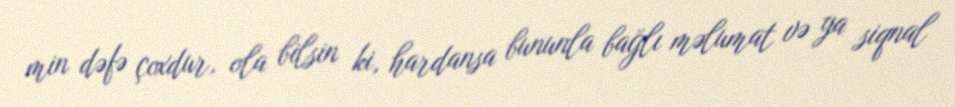
min dəfə çoxdur, ola bilsin ki, hardansa bununla bağlı məlumat və ya siqnal